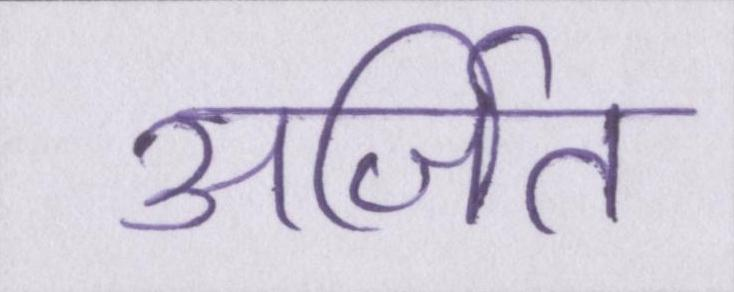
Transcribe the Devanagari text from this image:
अर्जित